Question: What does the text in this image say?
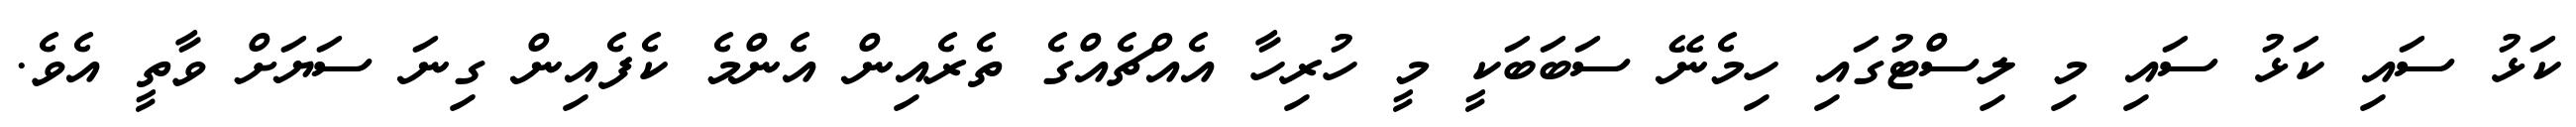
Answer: ކަޅު ސައި ކަޅު ސައި މި ލިސްޓުގައި ހިމެނޭ ސަބަބަކީ މީ ހުރިހާ އެއްޗެއްގެ ތެރެއިން އެންމެ ކެފެއިން ގިނަ ސަޔަށް ވާތީ އެވެ.